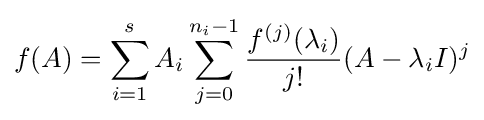
f(A)=\sum _{i=1}^{s}A_{i}\sum _{j=0}^{n_{i}-1}{\frac {f^{(j)}(\lambda _{i})}{j!}}(A-\lambda _{i}I)^{j}